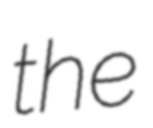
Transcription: the